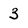
Character: 3